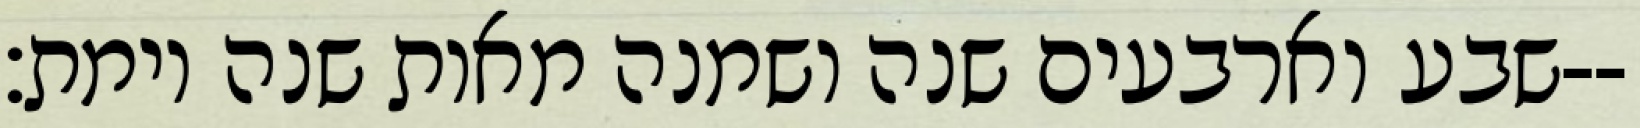
שבע וארבעים שנה ושמנה מאות שנה וימת׃--